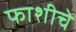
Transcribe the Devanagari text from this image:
फाशीचे